Vaccine operations Central Provinces 1900-1911 - 1900-1911
Year: 1900
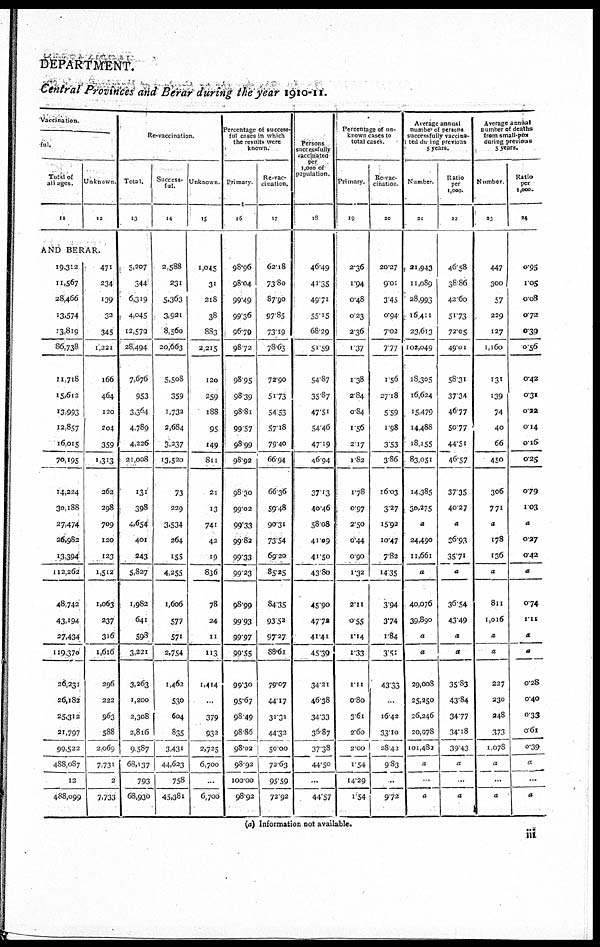
DEPARTMENT.
Central Provinces and Berar during the year 1910-11.
Vaccination.
ful.
Total of
all ages.
11
Unknown
12
AND BERAR.
19,312
11,567
28,466
13,574
13,819
86,738
11,718
15,612
13,993
12,857
16,015
70,195
14,224
30,188
27,474
26,982
13,394
112,262
48,742
43,194
27,434
119,370
26,231
26,182
25,312
21,797
99,522
488,087
12
488,099
471
234
139
32
345
1,221
l66
464
120
204
359
1,313
262
298
709
120
123
1,512
1,063
237
316
1,616
296
222
963
588
2,069
7,731
2
7,733
Re-vaccination.
Total.
13
5,207
344
6,319
4,045
12,579
28,494
7,676
953
3,364
4,789
4,226
21,008
131
398
4,654
401
243
5,827
1,982
641
598
3,221
3,263
1,200
2,308
2,816
9,587
68,137
793
68,930
Success-
ful.
14
2,588
231
5,363
3,921
8,560
20,663
5,508
359
1,732
2,684
3,237
13,520
73
229
3,534
264
155
4,255
1,606
577
571
2,754
1,462
530
604
835
3,431
44,623
758
45,381
Unknown
15
1,045
31
218
38
883
2,215
120
259
188
95
149
811
21
13
741
42
19
836
78
24
11
113
1,414
...
379
932
2,725
6,700
...
6,700
Percentage of success-
ful cases in which
the results were
known.
Primary
16
98.96
98.04
99.49
99.36
96.79
98.72
98.95
98.39
98.81
99.57
98.99
98.92
98.30
99.02
99.33
99.82
99.33
99.23
98.99
99.93
99.97
99.55
99.30
95.67
98.49
98.86
98.02
98.92
100.00
98.92
Re-vac¬
cination.
17
62.18
73.80
87.90
97.85
73.19
78.63
72.90
51.73
54.53
57.18
79.40
66.94
66.36
59.48
90.31
73.54
69.20
85.25
84.35
93.52
97.27
88.61
79.07
44.17
31.31
44.32
50.00
72.63
95.59
72.92
Persons
successfully
vaccinated
per
1,000 of
population.
18
46.49
41.35
49.71
55.15
68.29
51.59
54.87
35.87
47.51
54.46
47.19
46.94
37.13
40.46
58.08
41.09
41.50
43.80
45.90
47.72
41.41
45.39
34.21
46.38
34.33
36.87
37.38
44.50
...
44.57
Percentage of un¬
known cases to
total cases.
Primary.
19
2.36
1.94
0.48
0.23
2.36
1.37
1.38
2.84
0.84
1.56
2.17
1.82
1.78
0.97
2.50
0.44
0.90
1.32
2.11
0.55
1.14
1.33
1.11
0.80
3.61
2.60
2.00
1.54
14.29
1.54
Re-vac-
cination
20
20.27
9.01
3.45
0.94
7.02
7.77
1.56
27.18
5.59
1.98
3.53
3.86
16.03
3.27
15.92
10.47
7.82
14.35
3.94
3.74
1.84
3.51
43.33
...
16.42
33.10
28.43
9.83
...
9.72
Average annual
number of persons
successfully vaccina-
ted during previous
5 years.
Number.
21
21,943
11,089
28,993
16,411
23,613
102,049
18,305
16,624
15,479
14,488
18,155
83,051
14,385
30,275
a
24,490
11,661
a
40,076
39,890
a
a
29,008
25,250
26,246
20,978
101,482
a
...
a
Ratio
per
1,000.
22
46.58
38.86
42.60
51.73
72.05
49.01
58.31
37.34
46.77
50.77
44.51
46.57
37.35
40.27
a
36.93
35.71
a
36.54
43.49
a
a
35.83
43.84
34.77
34.18
39.43
a
...
a
Average annual
number of deaths
from small-pox
during previous
5 years.
Number
23
447
300
57
229
127
1,160
131
139
74
40
66
450
306
771
a
178
136
a
811
1,016
a
a
227
230
248
373
1,078
a
...
a
Ratio
per
1,000.
24
0.95
1.05
0.08
0.72
0.39
0.56
0.42
0.31
0.22
0.14
0.16
0.25
0.79
1.03
a
0.27
0.42
a
0.74
1.11
a
a
0.28
0.40
0.33
0.61
0.39
a
...
a
(a) Information not available.
iii